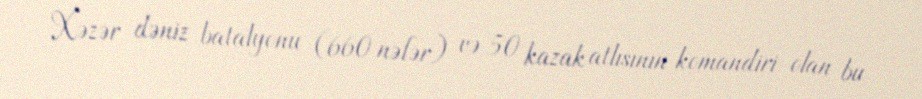
Xəzər dəniz batalyonu (660 nəfər) və 50 kazak atlısının komandiri olan bu